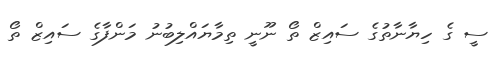
ސީ ގެ ހިޔާނާތުގެ ސައިޒް ތޯ ނޫނީ ތިމާޔައްލިބުނު މަންފާގެ ސައިޒް ތޯ